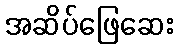
အဆိပ်ဖြေဆေး